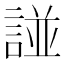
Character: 諩